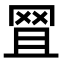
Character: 𦊩